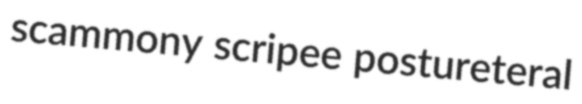
scammony scripee postureteral